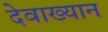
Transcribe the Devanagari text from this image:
देवाख्यान